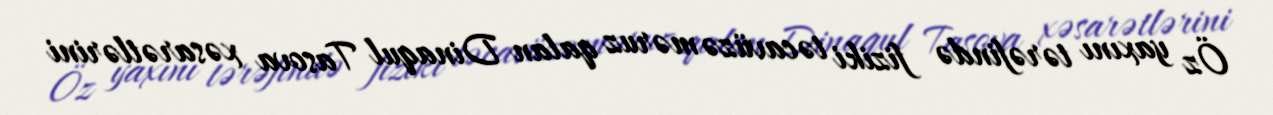
Öz yaxını tərəfində fiziki təcavüzə məruz qalan Dinaqul Tasova xəsarətlərini